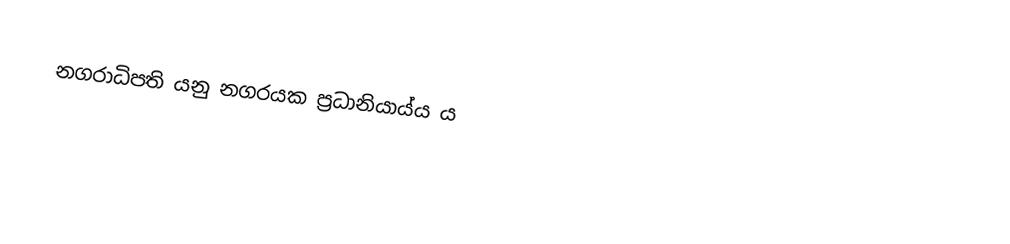
නගරාධිපති යනු නගරයක ප්‍රධානියාය්ය ය